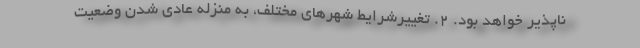
ناپذیر خواهد بود. 2. تغییرشرایط شهرهای مختلف، به منزله عادی شدن وضعیت